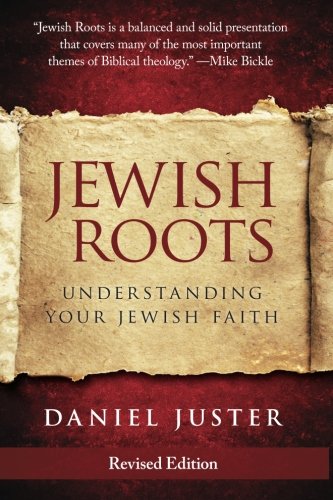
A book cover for Jewish Roots: Understanding Your Jewish Faith (Revised Edition); Dan Juster; Christian Books & Bibles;